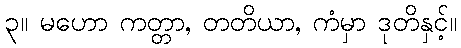
၃။ မဟော ကတ္တာ, တတိယာ, ကံမှာ ဒုတိနှင့်။